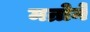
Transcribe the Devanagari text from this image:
मन्रोने